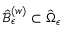
\hat { \mathcal { B } } _ { \epsilon } ^ { \left( w \right) } \subset \hat { \Omega } _ { \epsilon }